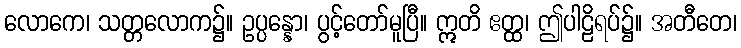
လောကေ၊ သတ္တလောက၌။ ဥပ္ပန္နော၊ ပွင့်တော်မူပြီ။ ဣတိ ဧတ္ထ၊ ဤပါဠိရပ်၌။ အတီတေ၊